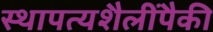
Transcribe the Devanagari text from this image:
स्थापत्यशैलींपैकी